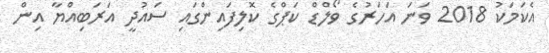
އެކަމަކު 2018 ވަނަ އަހަރުގެ ވޯލްޑް ކަޕްގެ ކޮލިފައިންގައި ސައުދީ އަރަބިއްޔާ އިން